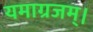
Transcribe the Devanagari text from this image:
यमाग्रजम्।